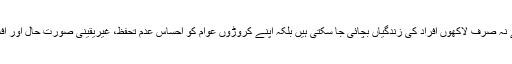
ظاہر ہے کہ اس معجزاتی اعلان سے نہ صرف لاکھوں افراد کی زندگیاں بچائی جا سکتی ہیں بلکہ اپنے کروڑوں عوام کو احساس عدم تحفظ، غیریقینی صورت حال اور افلاس کی دلدل سے نکالا جا سکتا ہے۔